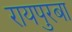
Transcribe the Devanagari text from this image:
रायपुरबा